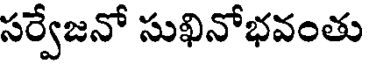
సర్వేజనో సుఖినోభవంతు